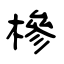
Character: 槮